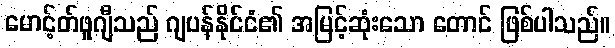
မောင့်တ်ဖူဂျီသည် ဂျပန်နိုင်ငံ၏ အမြင့်ဆုံးသော တောင် ဖြစ်ပါသည်။